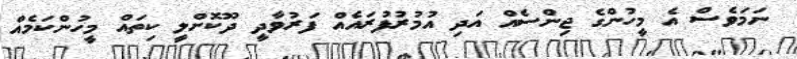
ނަމަވެސް އެ މީހުންގެ ޖިންސެއް އަދި އުމުރުފުރައެއް ފަރުވާދީ ދޫކޮށްލީ ކިތައް މީހުންކަމެއް